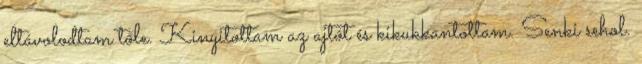
eltávolodtam tőle. Kinyitottam az ajtót és kikukkantottam. Senki sehol.